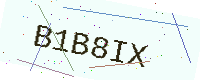
Text: B1B8IX